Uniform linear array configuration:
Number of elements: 24
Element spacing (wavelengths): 1
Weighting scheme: hamming
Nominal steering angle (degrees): -60
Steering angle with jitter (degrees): -61.076
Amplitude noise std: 0.05
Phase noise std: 0.05

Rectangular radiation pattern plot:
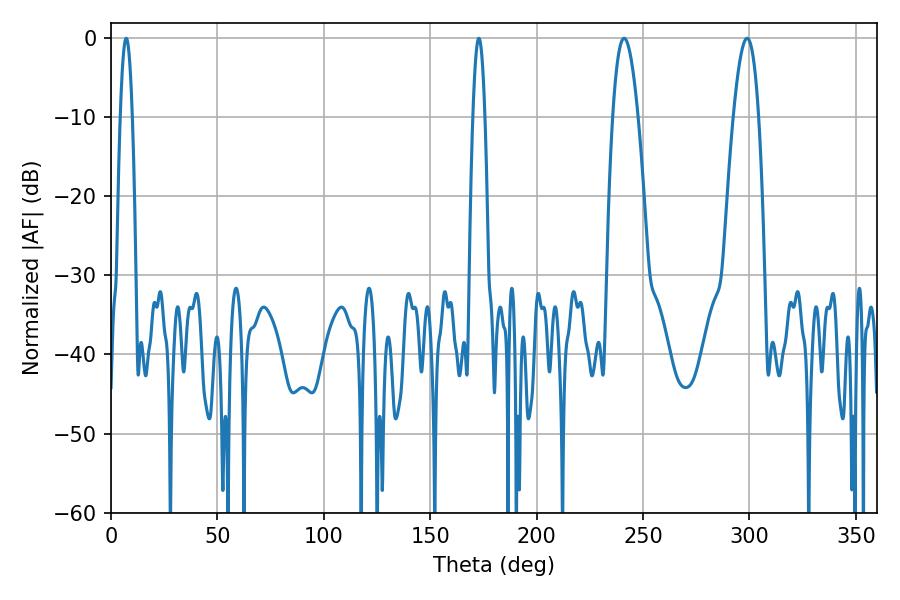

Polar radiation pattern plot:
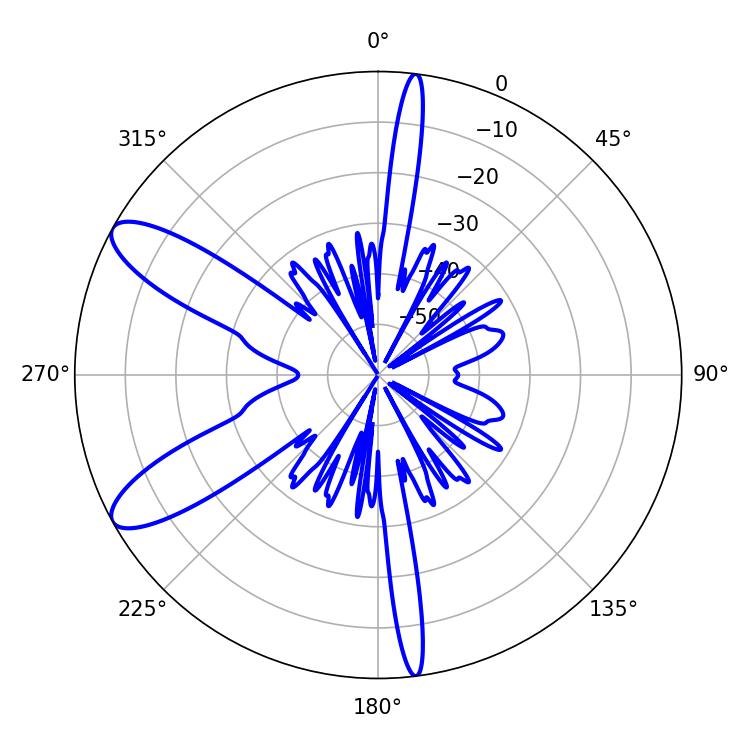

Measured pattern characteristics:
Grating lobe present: TRUE
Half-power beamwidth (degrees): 6.66
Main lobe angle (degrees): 241.02